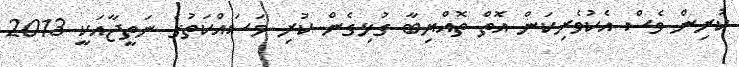
ކުރިން ވެސް އެކުވެރިކަން އޮތް ތޮއްޔިބާ ގުޅިގެން ކުރި މަސައްކަތުގެ ނަތީޖާއަކީ 2013